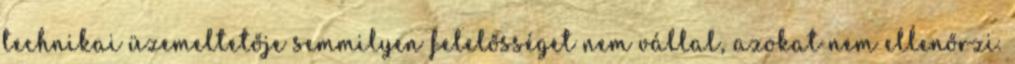
technikai üzemeltetője semmilyen felelősséget nem vállal, azokat nem ellenőrzi.